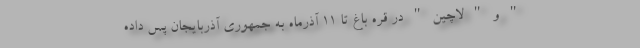
" و " لاچین " در قره باغ تا ۱۱ آذرماه به جمهوری آذربایجان پس داده